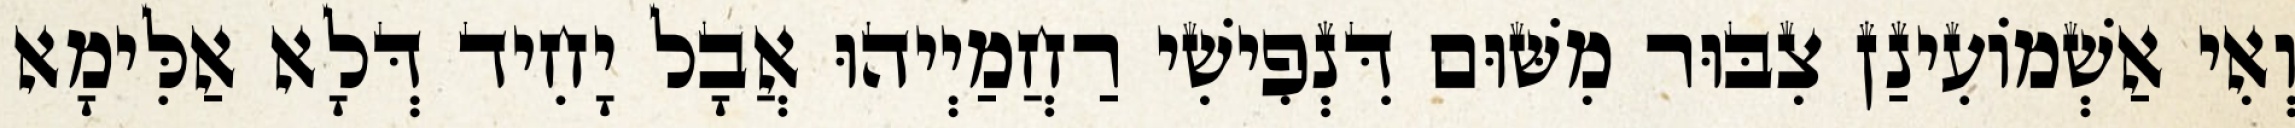
וְאִי אַשְׁמוֹעִינַן צִבּוּר מִשּׁוּם דִּנְפִישִׁי רַחֲמַיְיהוּ אֲבָל יָחִיד דְּלָא אַלִּימָא